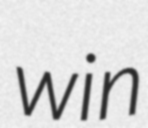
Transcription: win